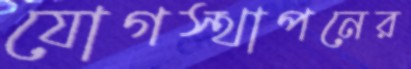
যোগস্থাপনের